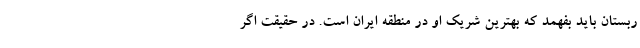
ربستان باید بفهمد که بهترین شریک او در منطقه ایران است. در حقیقت اگر